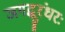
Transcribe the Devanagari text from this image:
जगद्धुरंधरः